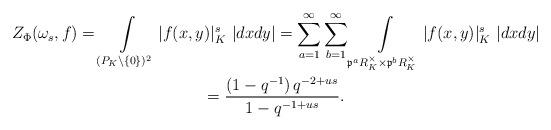
LaTeX: \begin{gather*}Z_\Phi(\omega_s,f) =\int\limits_{(P_K\setminus\{0\})^2} |f(x,y)|_K^s\ |dxdy|=\sum_{a=1}^{\infty}\sum_{b=1}^{\infty}\int\limits_{\mathfrak{p}^aR_K^\times\times\mathfrak{p}^bR_K^\times} |f(x,y)|_K^s\ |dxdy|\\=\frac{\left( 1-q^{-1}\right) q^{-2+us}}{1-q^{-1+us}}.\end{gather*}